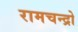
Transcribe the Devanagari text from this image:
रामचन्द्रो